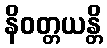
နိဝတ္တယန္တိ